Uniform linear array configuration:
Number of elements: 4
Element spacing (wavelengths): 1
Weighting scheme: cosine
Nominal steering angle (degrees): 60
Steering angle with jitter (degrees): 60.394
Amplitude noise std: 0.05
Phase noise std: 0.05

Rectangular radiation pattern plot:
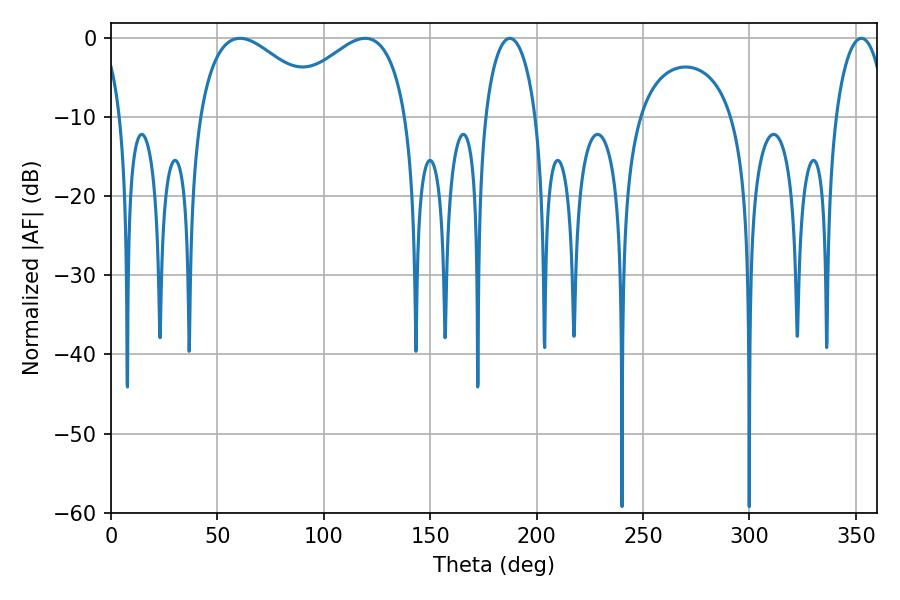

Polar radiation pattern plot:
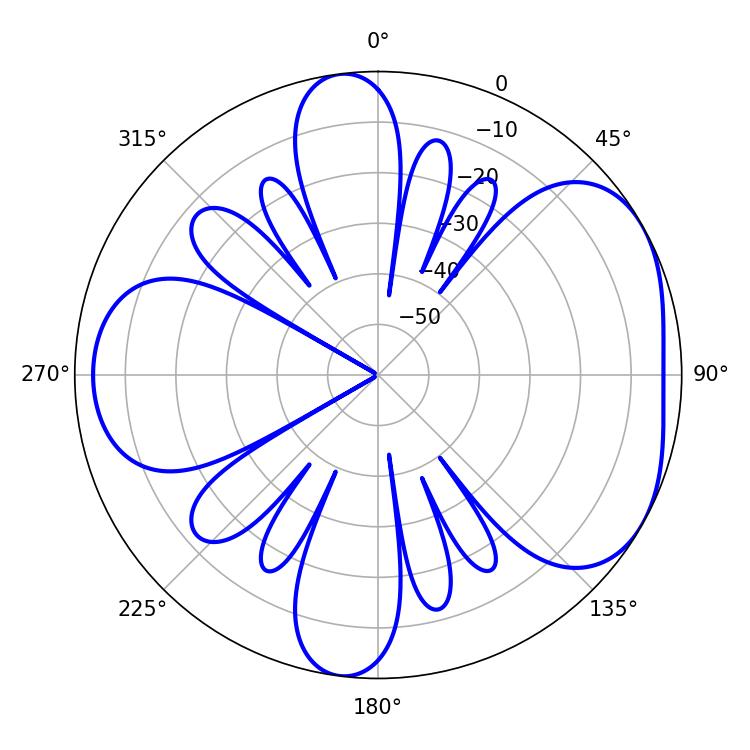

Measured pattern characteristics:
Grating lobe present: TRUE
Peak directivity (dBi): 4.702
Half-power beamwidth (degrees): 13.5
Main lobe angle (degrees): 187.38